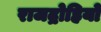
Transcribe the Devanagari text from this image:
राजद्रोहियो